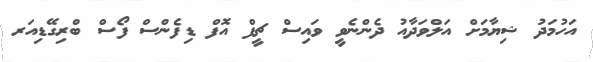
އަހުމަދު ޝިޔާމަށް އަލްވަދާއު ދެންނެވީ ވައިސް ޗީފް އޮފް ޑިފެންސް ފޯސް ބްރިގޭޑިއަރ